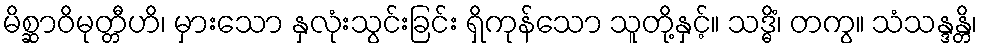
မိစ္ဆာဝိမုတ္တီဟိ၊ မှားသော နှလုံးသွင်းခြင်း ရှိကုန်သော သူတို့နှင့်။ သဒ္ဓိံ၊ တကွ။ သံသန္ဒန္တိ၊